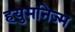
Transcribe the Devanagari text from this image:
हयुमनिज्म